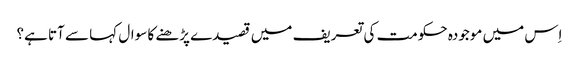
اِس میں موجودہ حکومت کی تعریف میں قصیدے پڑھنے کا سوال کہا سے آتا ہے؟